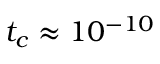
t _ { c } \approx 1 0 ^ { - 1 0 }